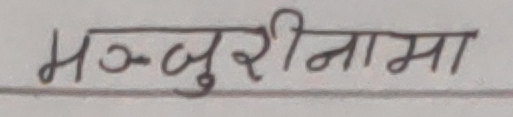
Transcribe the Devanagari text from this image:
मञ्जुरीनामा